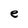
Character: e